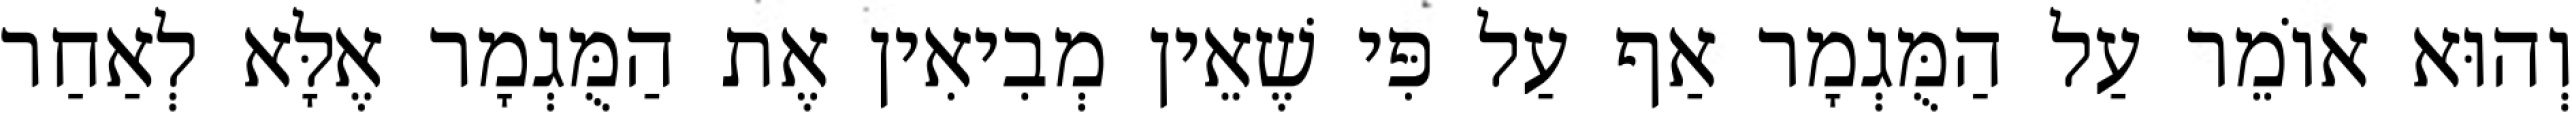
וְהוּא אוֹמֵר עַל הַמֻּגְמָר אַף עַל פִּי שֶׁאֵין מְבִיאִין אֶת הַמֻּגְמָר אֶלָּא לְאַחַר